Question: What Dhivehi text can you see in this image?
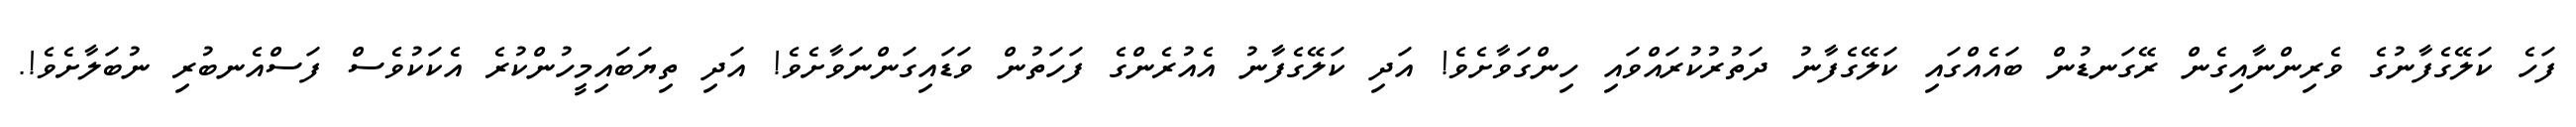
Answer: ފަހެ ކަލޭގެފާނުގެ ވެރިންނާއިގެން ރޭގަނޑުން ބައެއްގައި ކަލޭގެފާނު ދަތުރުކުރައްވައި ހިންގަވާށެވެ! އަދި ކަލޭގެފާނު އެއުރެންގެ ފަހަތުން ވަޑައިގަންނަވާށެވެ! އަދި ތިޔަބައިމީހުންކުރެ އެކަކުވެސް ފަސްއެނބުރި ނުބަލާށެވެ!.